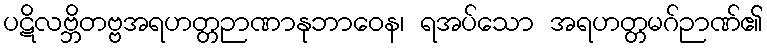
ပဋိလဗ္ဘိတဗ္ဗအရဟတ္တဉာဏာနုဘာဝေန၊ ရအပ်သော အရဟတ္တမဂ်ဉာဏ်၏